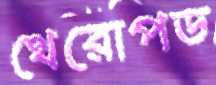
থেরোপড